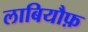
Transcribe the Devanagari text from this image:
लाबियौफ़